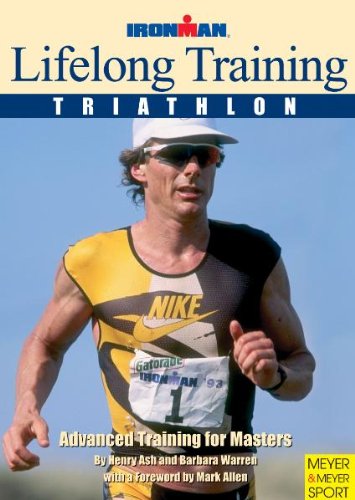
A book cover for Lifelong Training: Advanced Training for Masters (Ironman Edition); Barbara Warren; Health, Fitness & Dieting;